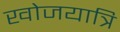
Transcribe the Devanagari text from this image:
खोजयात्रि